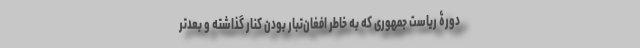
دورۀ ریاست جمهوری که به خاطر افغان‌تبار بودن کنار گذاشته و بعدتر